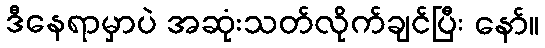
ဒီနေရာမှာပဲ အဆုံးသတ်လိုက်ချင်ပြီး နော်။